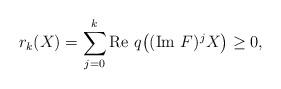
LaTeX: \begin{align*}r_k(X)=\sum_{j=0}^{k}\textrm{Re }q\big((\textrm{Im }F)^jX\big) \geq 0,\end{align*}